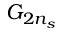
G _ { 2 n _ { s } }